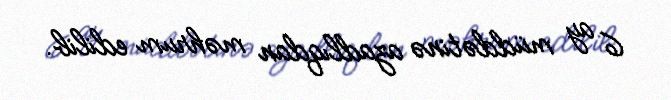
6 ay müddətinə azadlıqdan məhrum edilib.